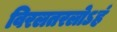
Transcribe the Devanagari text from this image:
विरलतरलोऽहं